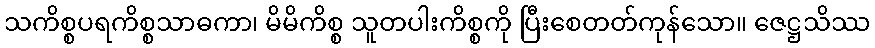
သကိစ္စပရကိစ္စသာဓကာ၊ မိမိကိစ္စ သူတပါးကိစ္စကို ပြီးစေတတ်ကုန်သော။ ဇေဋ္ဌသိဿ